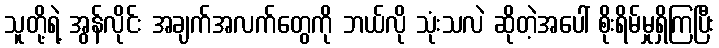
သူတို့ရဲ့ အွန်လိုင်း အချက်အလက်တွေကို ဘယ်လို သုံးသလဲ ဆိုတဲ့အပေါ် စိုးရိမ်မှုရှိကြပြီး